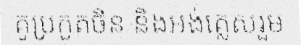
គូប្រកួតចិន និងអង់គ្លេសរួម